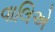
વાલિએ